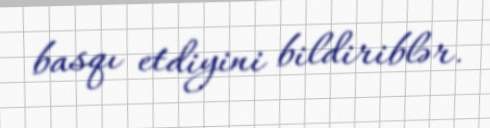
basqı etdiyini bildiriblər.